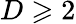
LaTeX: D\geqslant 2